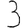
Digit: 3